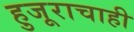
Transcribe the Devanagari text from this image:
हुजूराचाही